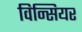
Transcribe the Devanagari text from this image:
विन्सियर